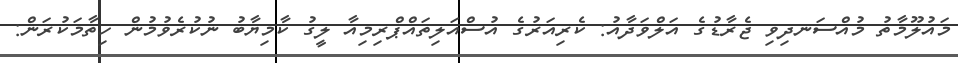
މައުލޫމާތު މުއްސަނދިވި ޖެރާޑުގެ އަލްވަދާއު: ކެރިއަރުގެ އުސްއަލިތައްޕްރިމިއާ ލީގު ކާމިޔާބު ނުކުރެވުުމުން ހިތާމަކުރަން: